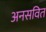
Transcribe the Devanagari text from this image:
अनसवित